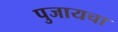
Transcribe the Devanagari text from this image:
पुजायचा